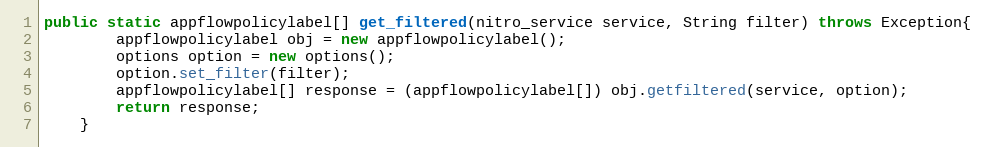
Language: Java
public static appflowpolicylabel[] get_filtered(nitro_service service, String filter) throws Exception{
		appflowpolicylabel obj = new appflowpolicylabel();
		options option = new options();
		option.set_filter(filter);
		appflowpolicylabel[] response = (appflowpolicylabel[]) obj.getfiltered(service, option);
		return response;
	}